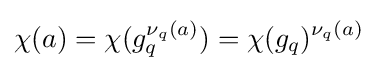
\chi (a)=\chi (g_{q}^{\nu _{q}(a)})=\chi (g_{q})^{\nu _{q}(a)}